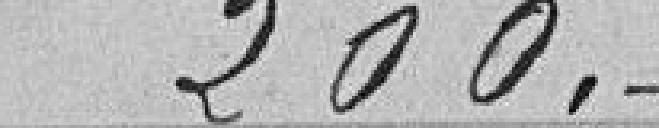
200.